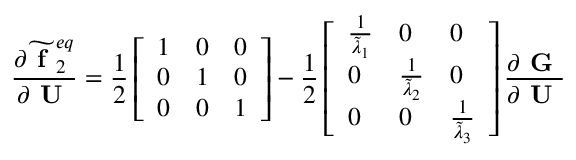
\frac { \partial \widetilde { \textbf { f } } _ { 2 } ^ { e q } } { \partial \textbf { U } } = \frac { 1 } { 2 } \left[ \begin{array} { l l l } { 1 } & { 0 } & { 0 } \\ { 0 } & { 1 } & { 0 } \\ { 0 } & { 0 } & { 1 } \end{array} \right] - \frac { 1 } { 2 } \left[ \begin{array} { l l l } { \frac { 1 } { \widetilde { \lambda } _ { 1 } } } & { 0 } & { 0 } \\ { 0 } & { \frac { 1 } { \widetilde { \lambda } _ { 2 } } } & { 0 } \\ { 0 } & { 0 } & { \frac { 1 } { \widetilde { \lambda } _ { 3 } } } \end{array} \right] \frac { \partial \textbf { G } } { \partial \textbf { U } }